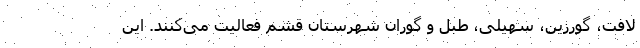
لافت، گورزین، سهیلی، طبل و گوران شهرستان قشم فعالیت می‌کنند. این